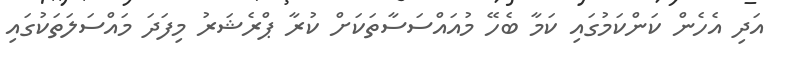
އަދި އެހެން ކަންކަމުގައި ކަމާ ބެހޭ މުއައްސަސާތަކަށް ކުރާ ޕްރެޝަރު މިފަދަ މައްސަލަތަކުގައި